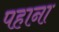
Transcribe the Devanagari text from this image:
पहाना